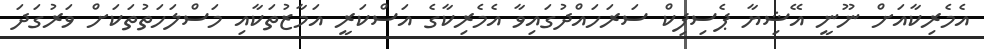
އެމެރިކާއަށް ނޫނީ އޭޝިޔާ ޕެސިފިކް ސަރަހައްދުގައިވާ އެމެރިކާގެ އަސްކަރީ އަމާޒުތަކާއި މަސްލަހަތުތަކަށް ވަރުގަދަ